Sketch of the medical history of the native army of Bombay, for the year
Year: 1870
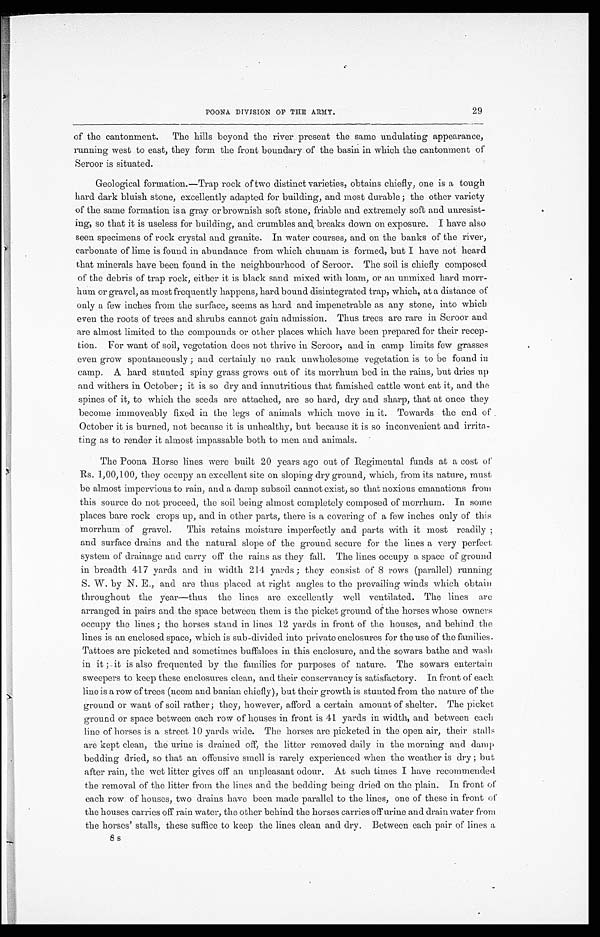
POONA DIVISION OF THE ARMY.
29
of the cantonment. The hills beyond the river present the same undulating appearance,
running west to east, they form the front boundary of the basin in which the cantonment of
Seroor is situated.
Geological formation.—Trap rock of two distinct varieties, obtains chiefly, one is a tough
hard dark bluish stone, excellently adapted for building, and most durable ; the other variety
of the same formation is a gray or brownish soft stone, friable and extremely soft and unresist
-ing, so that it is useless for building, and crumbles and breaks down on exposure. I have also
seen specimens of rock crystal and granite. In water courses, and on the banks of the river,
carbonate of lime is found in abundance from which chunam is formed, but I have not heard
that minerals have been found in the neighbourhood of Seroor. The soil is chiefly composed
of the debris of trap rock, either it is black sand mixed with loam, or au unmixed hard morr
-hum or gravel, as most frequently happens, hard bound disintegrated trap, which, at a distance of
only a few inches from the surface, seems as hard and impenetrable as any stone, into which
even the roots of trees and shrubs cannot gain admission. Thus trees are rare in Seroor and
are almost limited to the compounds or other places which have been prepared for their rece
p-tion. For want of soil, vegetation does not thrive in Seroor, and in camp limits few grasses
even grow spontaneously ; and certainly no rank unwholesome vegetation is to be found in
camp. A hard stunted spiny grass grows out of its morrhum bed in the rains, but dries up
and withers in October ; it is so dry and innutritious that famished cattle wont eat it, and the
spines of it, to which the seeds are attached, are so hard, dry and sharp, that at once they
become immoveably fixed in the legs of animals which move in it. Towards the end of
October it is burned, not because it is unhealthy, but because it is so inconvenient and irrita
-ting as to render it almost impassable both to men and animals.
The Poona Horse lines were built 20 years ago out of Regimental funds at a cost of
Rs. 1,00,100, they occupy an excellent site on sloping dry ground, which, from its nature, must
be almost impervious to rain, and a damp subsoil cannot exist, so that noxious emanations from
this source do not proceed, the soil being almost completely composed of morrhum. In some
places bare rock crops up, and in other parts, there is a covering of a few inches only of this
morrhum of gravel. This retains moisture imperfectly and parts with it most readily ;
and surface drains and the natural slope of the ground secure for the lines a very perfect
system of drainage and carry off the rains as they fall. The lines occupy a space of ground
in breadth 417 yards and in width 214 yards ; they consist of 8 rows (parallel) running
S. W. by N. E., and are thus placed at right angles to the prevailing winds which obtain
throughout the year—thus the lines are excellently well ventilated. The lines are
arranged in pairs and the space between them is the picket ground of the horses whose owners
occupy the lines ; the horses stand in lines 12 yards in front of the houses, and behind the
lines is an enclosed space, which is sub-divided into private enclosures for the use of the families.
Tattoos are picketed and sometimes buffaloes in this enclosure, and the sowars bathe and wash
in it ; it is also frequented by the families for purposes of nature. The sowars entertain
sweepers to keep these enclosures clean, and their conservancy is satisfactory. In front of each
l i ne i s a row of trees (neem and bani an chi efl y), but thei r growth i s stunted from the nature of the
ground or want of soil rather; they, however, afford a certain amount of shelter. The picket
ground or space between each row of houses in front is 41 yards in width, and between each
line of horses is a street 10 yards wide. The horses are picketed in the open air, their stalls
are kept clean, the urine is drained off, the litter removed daily in the morning and damp
bedding dried, so that an offensive smell is rarely experienced when the weather is dry ; but
after rain, the wet litter gives off an unpleasant odour. At such times I have recommended
the removal of the litter from the lines and the bedding being dried on the plain. In front of
each row of houses, two drains have been made parallel to the lines, one of these in front of
the houses carries off rain water, the other behind the horses carries off urine and drain water from
the horses' stalls, these suffice to keep the lines clean and dry. Between each pair of lines a
8 s